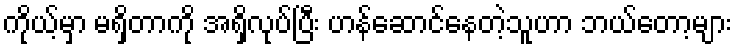
ကိုယ့်မှာ မရှိတာကို အရှိလုပ်ပြီး ဟန်ဆောင်နေတဲ့သူဟာ ဘယ်တော့များ